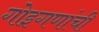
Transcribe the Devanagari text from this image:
गोइगणांची